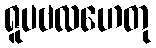
ရူပဗလဟေတု